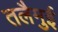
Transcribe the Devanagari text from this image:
तलैमुई